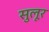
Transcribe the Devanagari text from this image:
सुलूर